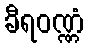
ခီရဝဏ္ဏံ